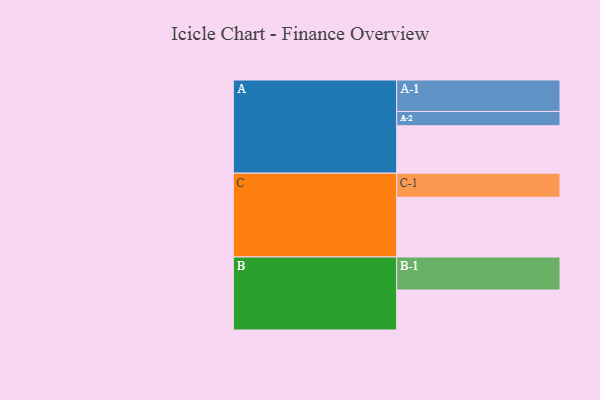
{"axis": {"x": "Segment", "y": "Value"}, "legend": ["", "A", "B", "C"], "data": [{"x": "A", "y": 421, "type": ""}, {"x": "B", "y": 355, "type": ""}, {"x": "C", "y": 530, "type": ""}, {"x": "A-1", "y": 279, "type": "A"}, {"x": "A-2", "y": 127, "type": "A"}, {"x": "B-1", "y": 293, "type": "B"}, {"x": "C-1", "y": 214, "type": "C"}]}